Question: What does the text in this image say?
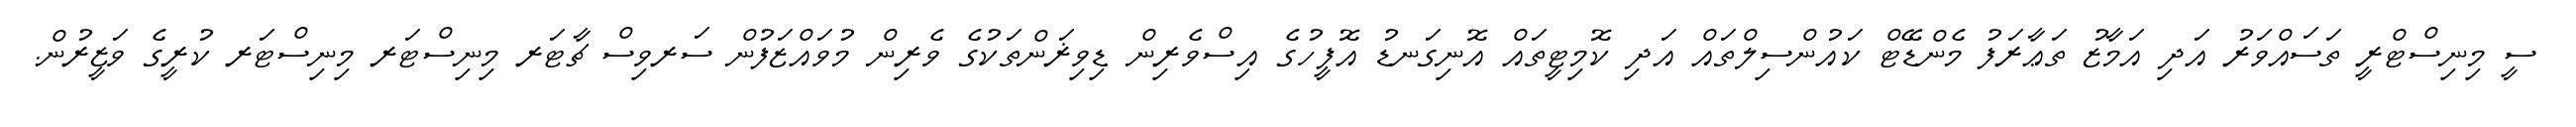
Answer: ސީ މިނިސްޓްރީ ތަސައްވަރު އަދި އަމާޒު ތަޢާރަފު މެންޑޭޓް ކައުންސިލްތައް އަދި ކޮމިޓީތައް އޮނިގަނޑު އޮފީހުގެ އިސްވެރިން ޑިވިޜަންތަކުގެ ވެރިން މުވައްޒަފުން ސަރވިސް ޗާޓަރ މިނިސްޓަރ މިނިސްޓަރ ކުރީގެ ވަޒީރުން.